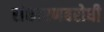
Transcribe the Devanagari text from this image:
संक्षारणबरोधी